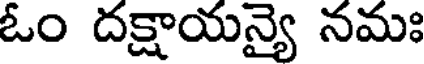
ఓం దక్షాయన్యై నమః